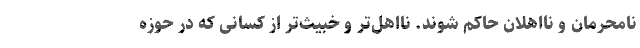
نامحرمان و نااهلان حاکم شوند. نااهل‌تر و خبیث‌تر از کسانی که در حوزه